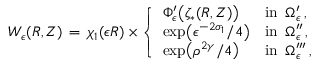
W _ { \epsilon } ( R , Z ) \, = \, \chi _ { 1 } ( \epsilon R ) \times \left\{ \begin{array} { l l } { \Phi _ { \epsilon } ^ { \prime } \bigl ( \zeta _ { * } ( R , Z ) \bigr ) } & { \mathrm { i n } ~ \, \Omega _ { \epsilon } ^ { \prime } \, , } \\ { \exp \bigl ( \epsilon ^ { - 2 \sigma _ { 1 } } / 4 \bigr ) } & { \mathrm { i n } ~ \, \Omega _ { \epsilon } ^ { \prime \prime } \, , } \\ { \exp \bigl ( \rho ^ { 2 \gamma } / 4 \bigr ) } & { \mathrm { i n } ~ \, \Omega _ { \epsilon } ^ { \prime \prime \prime } \, , } \end{array} \right.